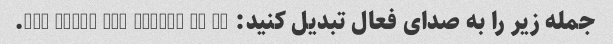
جمله زیر را به صدای فعال تبدیل کنید: The beach was walked by me.